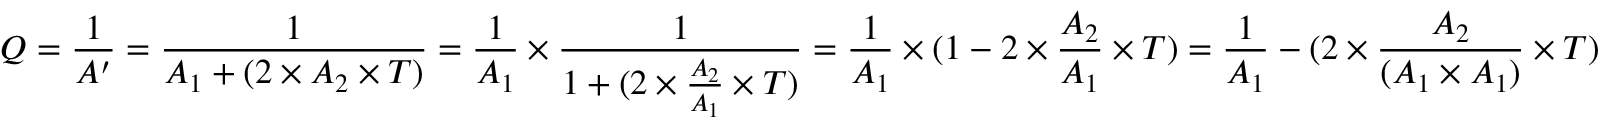
Q = { \frac { 1 } { A ^ { \prime } } } = { \frac { 1 } { A _ { 1 } + ( 2 \times A _ { 2 } \times T ) } } = { \frac { 1 } { A _ { 1 } } } \times { \frac { 1 } { 1 + ( 2 \times { \frac { A _ { 2 } } { A _ { 1 } } } \times T ) } } = { \frac { 1 } { A _ { 1 } } } \times ( 1 - 2 \times { \frac { A _ { 2 } } { A _ { 1 } } } \times T ) = { \frac { 1 } { A _ { 1 } } } - ( 2 \times { \frac { A _ { 2 } } { ( A _ { 1 } \times A _ { 1 } ) } } \times T )